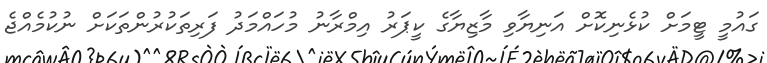
ގައުމީ ޓީމަށް ކުޅެނިކޮށް އަނިޔާވި މާޒިޔާގެ ކީޕަރު އިމްރާނު މުހައްމަދު ފަރިތަކުރުންތަކަށް ނުކުމެއްޖެ